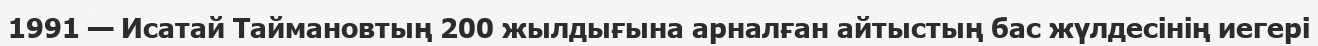
1991 — Исатай Таймановтың 200 жылдығына арналған айтыстың бас жүлдесінің иегері